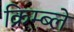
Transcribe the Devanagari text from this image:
क्रिम्ब्ले